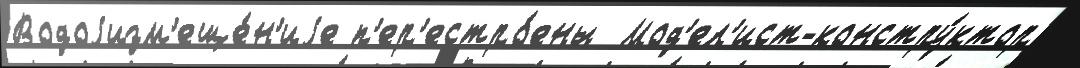
Водоjизм'еще́н'иjе п'ер'естро́ены  Мод'ел'ист-констру́ктор